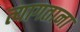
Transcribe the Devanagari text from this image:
त्यागताना